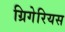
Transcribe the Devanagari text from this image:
ग्रिगेरियस